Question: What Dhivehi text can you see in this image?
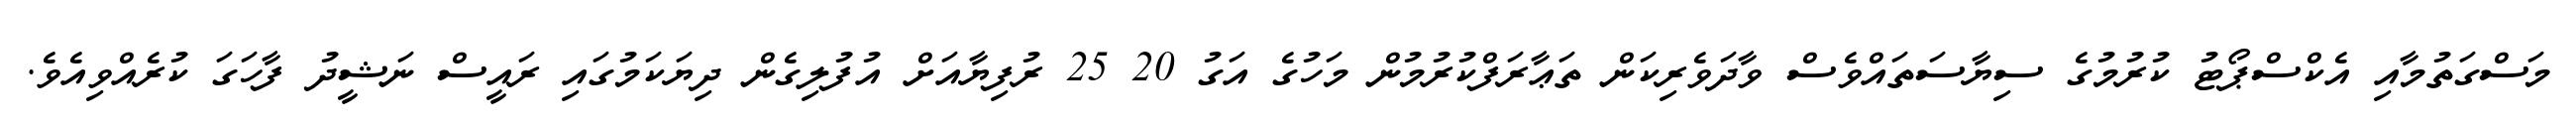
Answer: މަސްގަތުމާއި އެކްސްޕޯޓު ކުރުމުގެ ސިޔާސަތައްވެސް ވާދަވެރިކަން ތަޢާރަފްކުރުމުން މަހުގެ އަގު 20 25 ރުފިޔާއަށް އުފުލިގެން ދިޔަކަމުގައި ރައީސް ނަޝީދު ފާހަގަ ކުރެއްވިއެވެ.